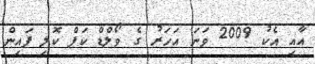
އާއި އެކު 2009 ވަނަ އަހަރު ގެ ވޯލްޑް ކަޕް ކޮލި ފައިން